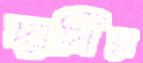
দাসিয়া